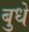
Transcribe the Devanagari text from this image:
बुधे